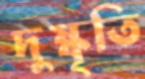
দুষ্কৃতি